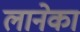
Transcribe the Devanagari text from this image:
लानेका